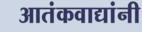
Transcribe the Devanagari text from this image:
आतंकवाद्यांनी